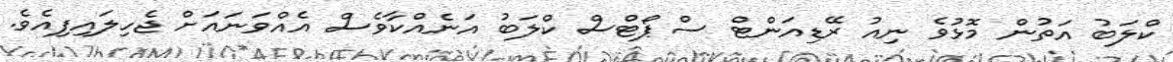
ކްލަބު އަތުން މޮޅުވެ ނިއު ރޭޑިއަންޓް ސްޕޯޓްސް ކްލަބު އަނެއްކާވެސް އެއްވަނައަށް ޖެހިލައިފިއެވެ.